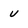
Character: U